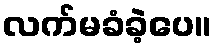
လက်မခံခဲ့ပေ။